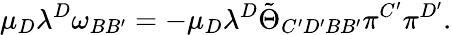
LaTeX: \mu_{D}\lambda^{D}\omega_{BB^{\prime}}=-\mu_{D}\lambda^{D}\tilde{\Theta}_{C^{\prime}D^{\prime}BB^{\prime}}\pi^{C^{\prime}}\pi^{D^{\prime}}.